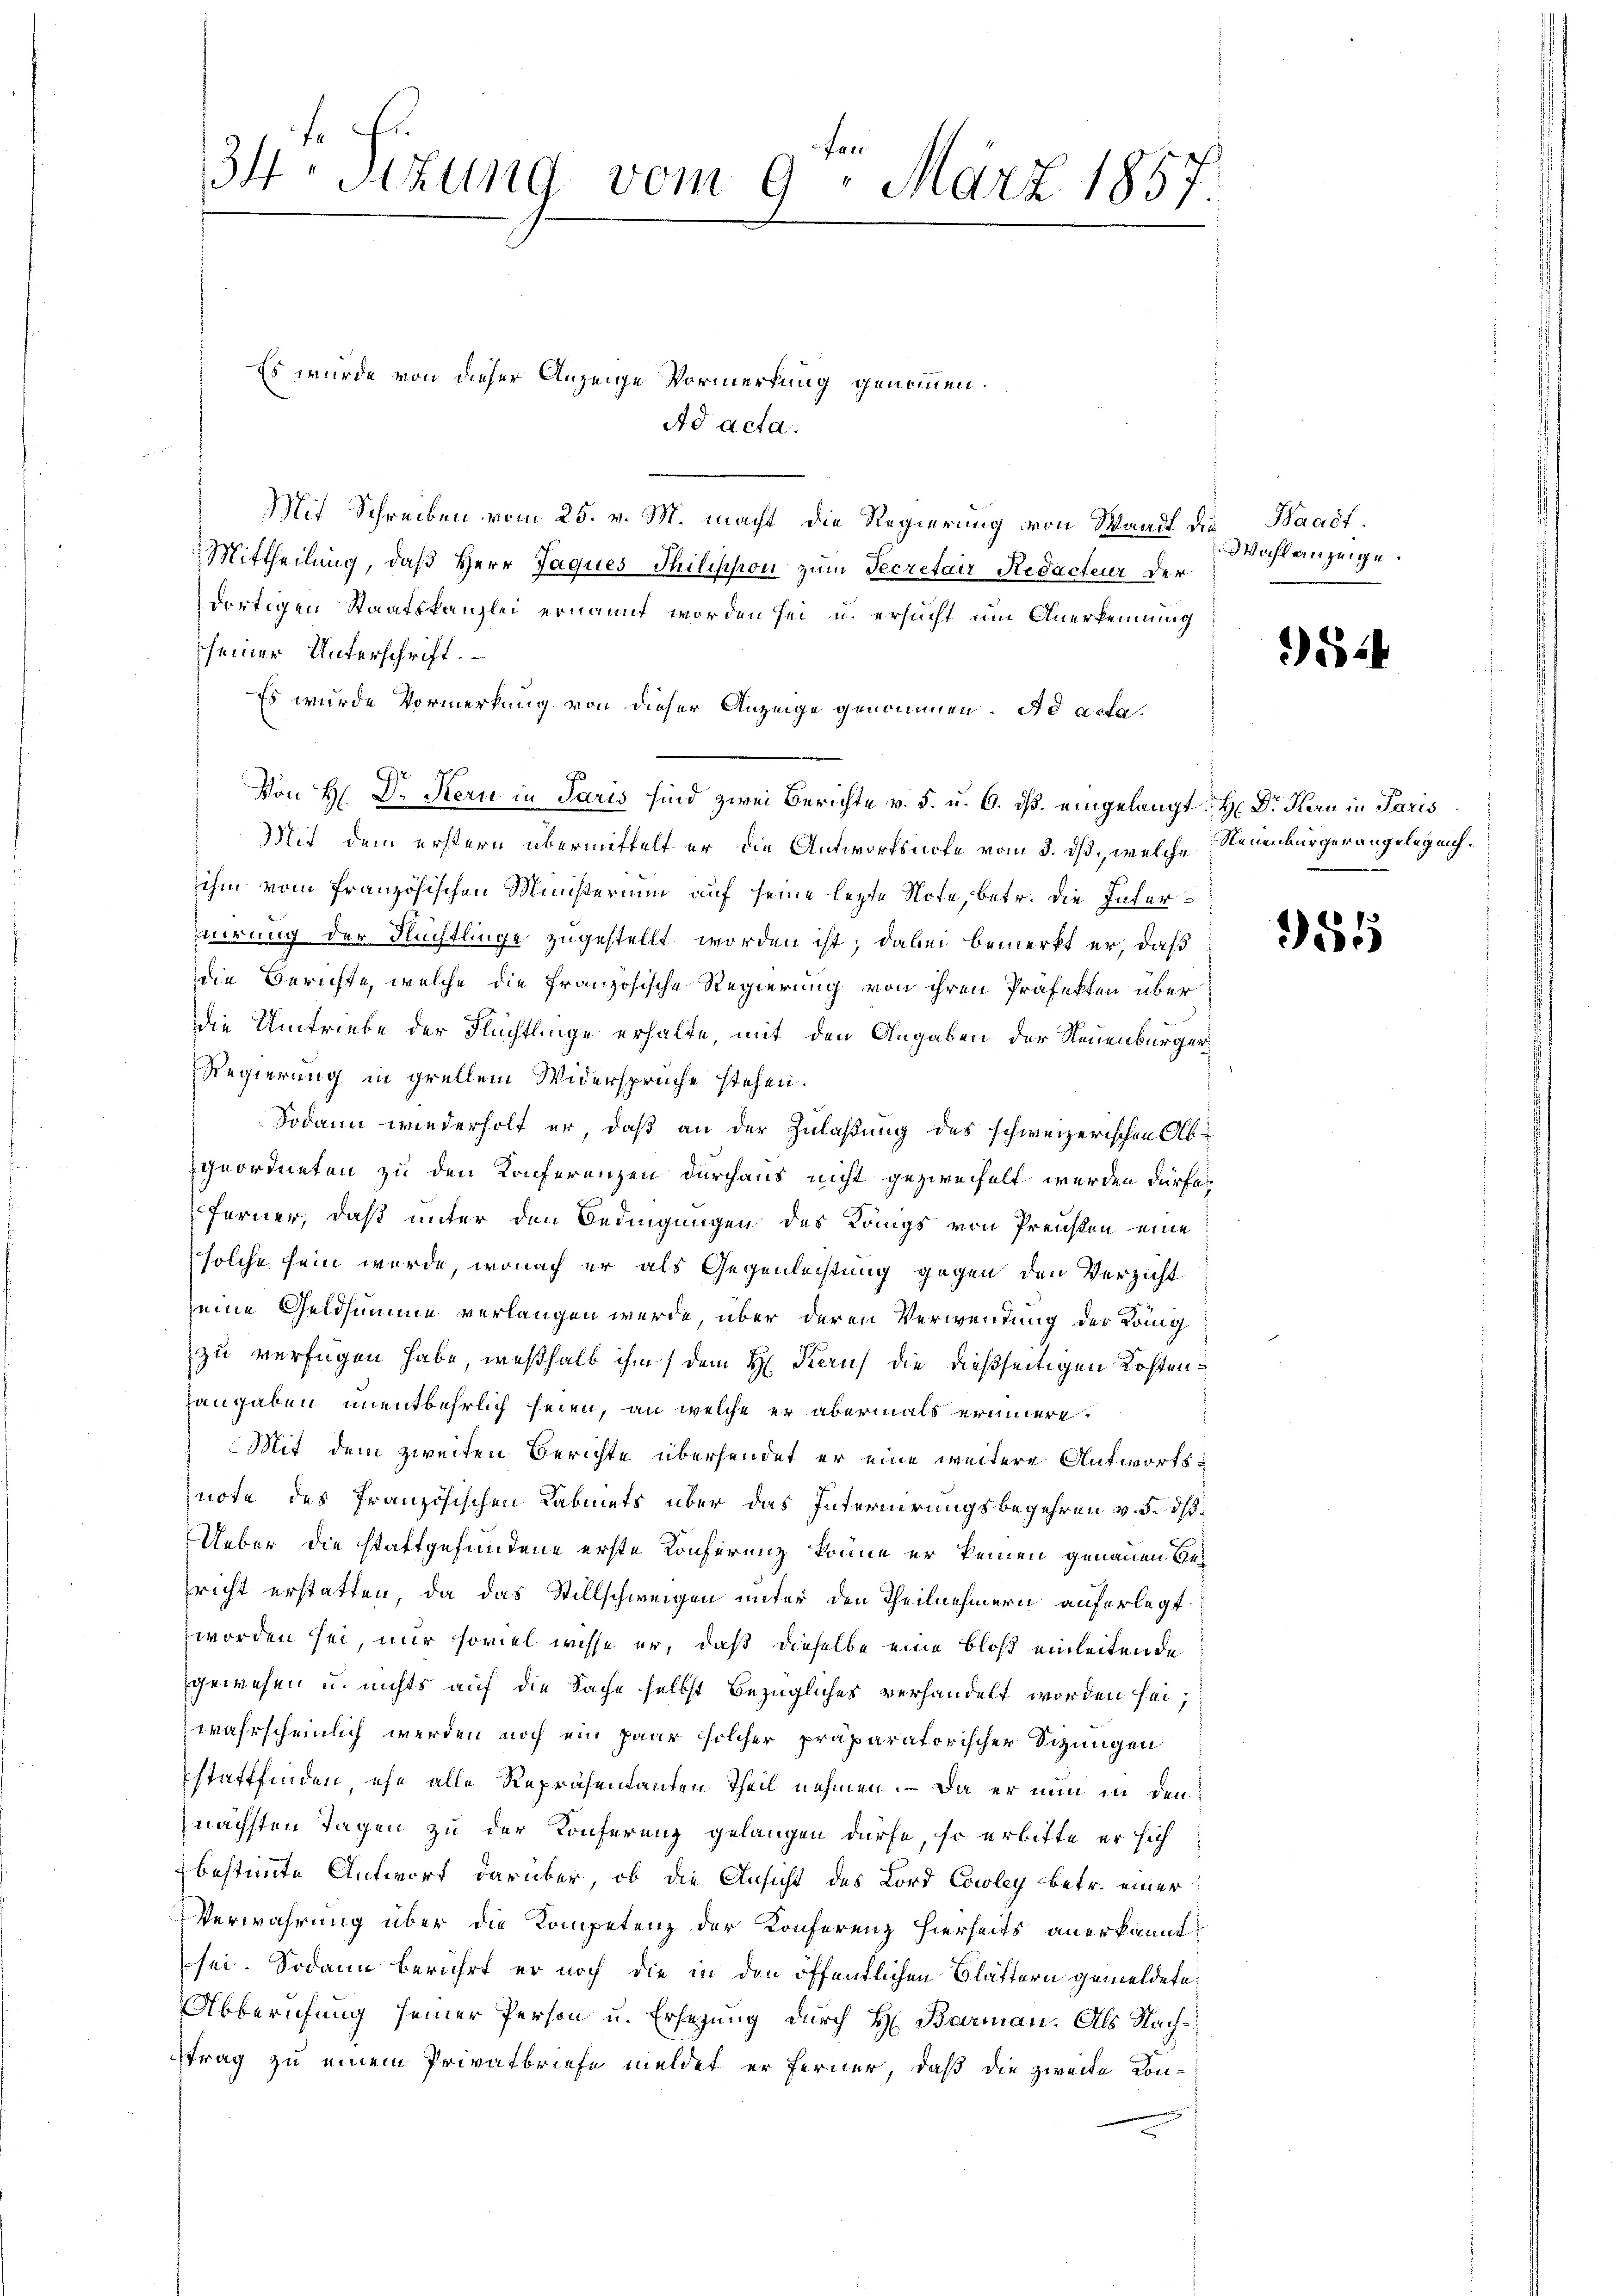
34. Sizung vom 9. März 1857.

Ad acta.
Mit Schreiben vom 25. v. M. macht die Regierung von Waadt die Waadt.
Mittheilung, daß Herr Jaques Thilisision zum Secretair Redacteur der
dortigen Staatskanzlei ernannt worden sei u. ersucht um Anerkennung
seiner Unterschrift.
Es wurde Vormerkung von dieser Anzeige genommen. Ad acta.
Von H. Dr. Kern in Paris sind zwei Berichte v. 5. u. 6. ds. eingelangt. H. Dr Kern in Paris
Mit dem erstern übermittelt er die Antwortsnote vom 3. ds., welche Neuenburger angelegenihm vom französischen Ministerium auf seine lezte Note, betr. die Internirung der Rechtlinge zugestellt worden ist; dabei bemerkt er, daß
die Berichte, welche die französische Regierung von ihren Präfekten über
Die Umtriebe der Flüchtlinge erhalte, mit den Angaben der Neuenbürger¬
Regierung in grellem Widersprüche stehen.
Sodann wiederholt er, daß an der Zulaßung des schweizerischen Abgeordneten zu den Konferenzen durchaus nicht gezweifelt werden dürfe,
ferner, daß unter den Bedingungen des Königs von Preisen eine
solche sein werde, wonach er als Gegenleistung gegen den Verzicht
seine Geldsumme verlangen werde, über deren Verwendung der König
zu verfügen habe, weßhalb ihm / dem H. Kerus die dießseitigen Kostenangaben unentbehrlich seien, an welche er abermals erinnere.
Mit dem zweiten Berichte übersendet er eine weitere Antwortsnote des französischen Kabinets über das Internerungsbegehren v. 5. dß
Ueber die stattgefundene erste Konferenz könne er keinen genauen Bericht erstatten, da das Stillschweigen unter den Theilnehmern auferlegt
worden sei, nur soviel wisse er, daß dieselbe eine bloß einleitende
gewesen u. nichts auf die Sache selbst bezügliches verhandelt worden sei;
wahrscheinlich werden noch ein paar solcher präparatorischer Sizungen
stattfinden ehe alle Repräsentanten Theil nehmen. – Da er nun in den
nächsten Tagen zu der Konferenz gelangen dürfe, so erbitte er sich
bestimmte Antwort darüber, ob die Ansicht des Lord Cowley betr. einer
Verwahrung über die Kompetenz der Konferenz hierseits anerkannt
sei. Sodann berührt er noch die in den öffentlichen Blättern gemeldete,
Abberufung seiner Person u. Ersezung durch H. Baarmann. Als Nachtrag zu einem Privatbriefe meldet er ferner, daß die zweite Kon-

Es wurde von dieser Anzeige Vormerkung genommen.

Wahl anzeige.

52

355